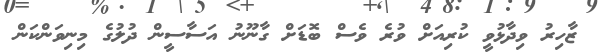
ޒާހިރު ވިދާޅުވީ ކުރިއަށް ވުރެ ވެސް ބޮޑަށް ގާނޫނު އަސާސީން ދުލުގެ މިނިވަންކަން